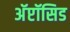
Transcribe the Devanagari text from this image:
अॅप्टॉसिड